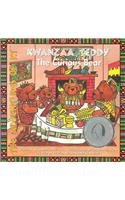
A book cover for Kwanzaa Teddy: The Curious Bear (The Adventures of Kt); Lynda Anne Ball; Children's Books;